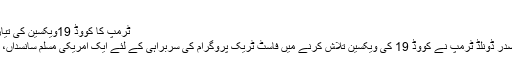
میڈیارپورٹ کے مزید پڑھیں
ٹرمپ کا کووڈ 19ویکسین کی تیاری میں ایک مسلم سائنسداں پر بھروسہ
22 منٹ پہلے انٹر نیٹ فوٹو امریکی صدر ڈونلڈ ٹرمپ نے کووڈ 19 کی ویکسین تلاش کرنے میں فاسٹ ٹریک پروگرام کی سربراہی کے لئے ایک امریکی مسلم سانسداں، مونسیف محمد سلوئی کو نامزد کیا ہے۔